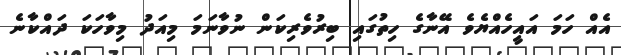
އެއް ހަމަ އައީހެއްޔެވެ އޭނާގެ ހިތުގައި ބިރުވެރިކަން ނުވާނަމަ މިއަދު މިވާހަކަ ދައްކާނެ